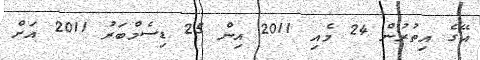
އޭގެ އިތުރުން 24 މެއި 2011 އިން 25 ޑިސެމްބަރު 2011 އަށް